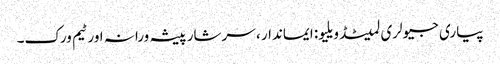
پیاری جیولری لمیٹڈ ویلیو: ایماندار ، سرشار پیشہ ورانہ اور ٹیم ورک۔